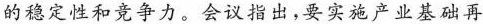
的稳定性和竞争力。会议指出，要实施产业基础再